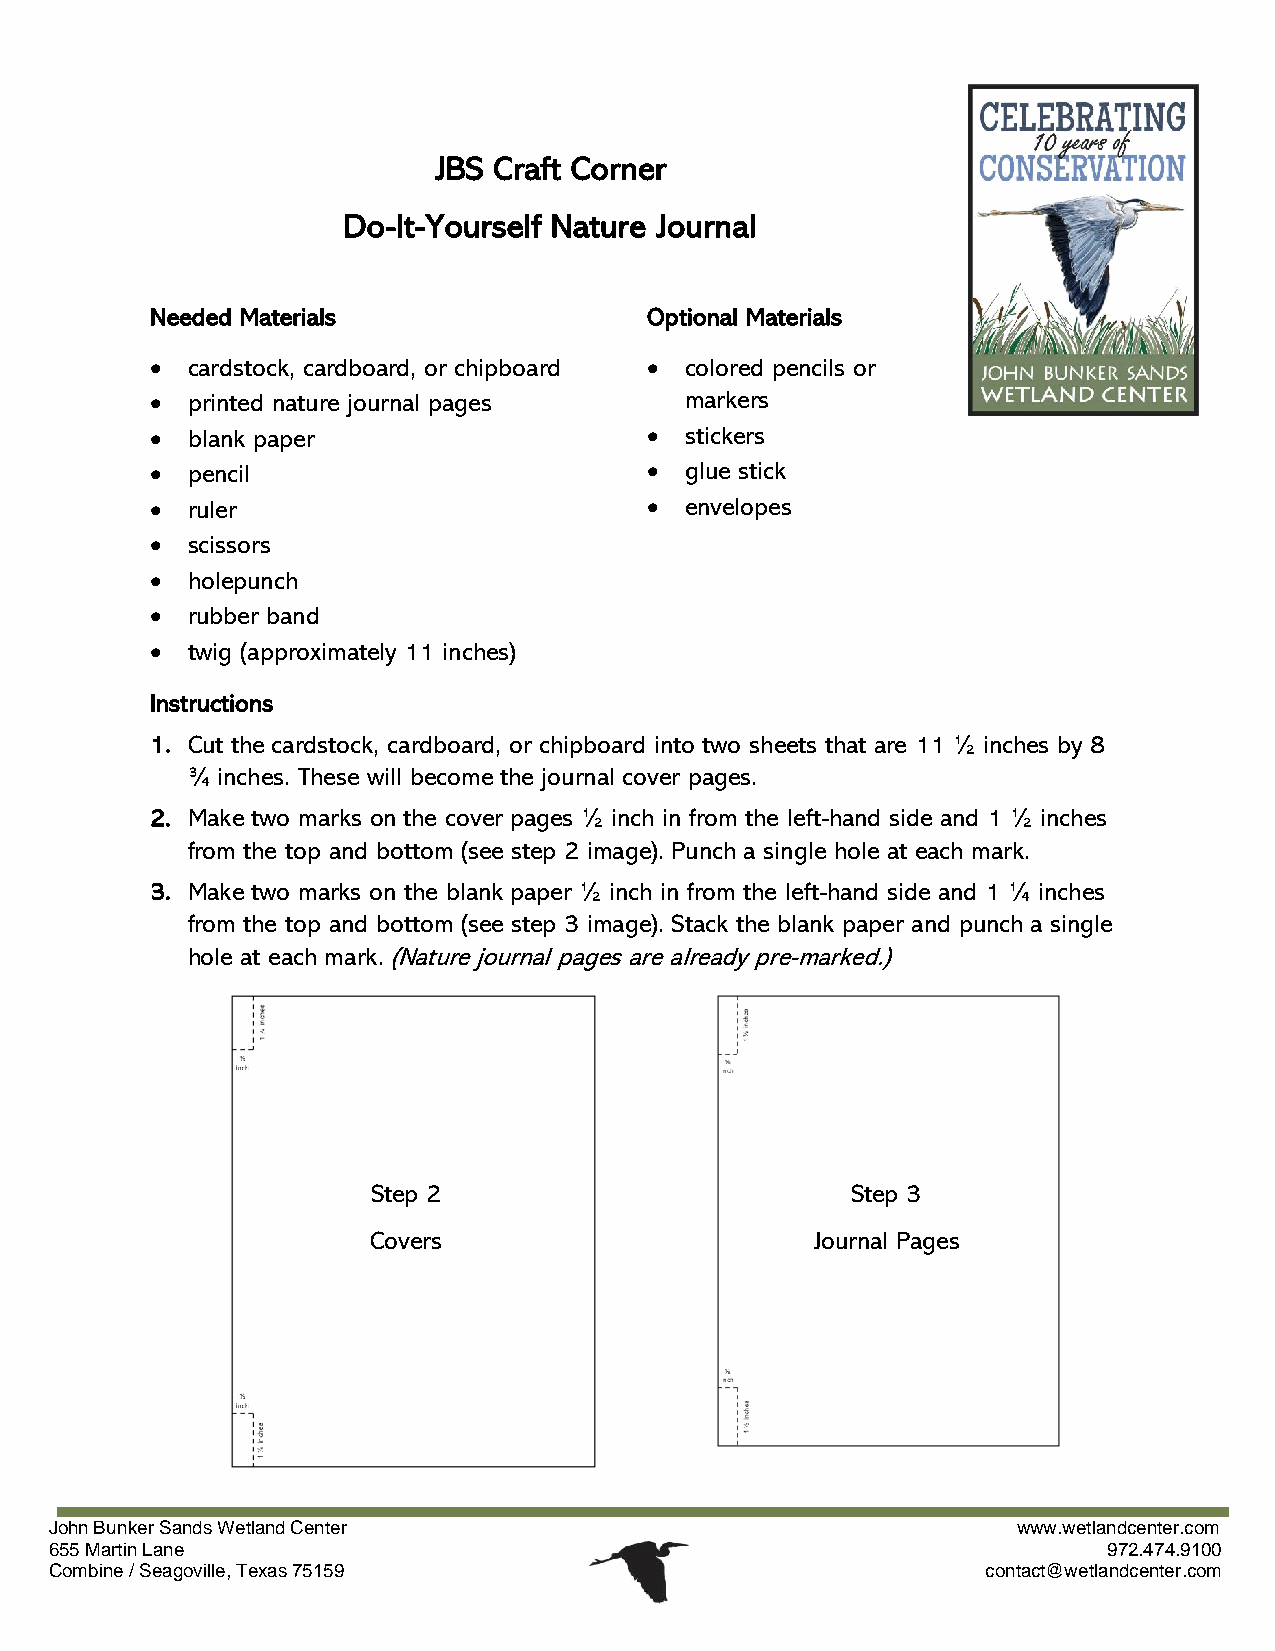
JBS Craft Corner
 Do-It-Yourself Nature Journal
 Needed Materials                 Optional Materials
 • cardstock, cardboard, or chipboard • colored pencils or
 • printed nature journal pages     markers
 • blank paper                    • stickers
 • pencil                         • glue stick
 • ruler                          • envelopes
 • scissors
 • holepunch
 • rubber band
 • twig (approximately 11 inches)
 Instructions
 1. Cut the cardstock, cardboard, or chipboard into two sheets that are 11 ½ inches by 8
 ¾ inches. These will become the journal cover pages.
 2. Make two marks on the cover pages ½ inch in from the left-hand side and 1 ½ inches
 from the top and bottom (see step 2 image). Punch a single hole at each mark.
 3. Make two marks on the blank paper ½ inch in from the left-hand side and 1 ¼ inches
 from the top and bottom (see step 3 image). Stack the blank paper and punch a single
 hole at each mark. (Nature journal pages are already pre-marked.)
 Step 2                         Step 3
 Covers                        Journal Pages
 J oh n Bunker Sands Wetland Center                              www.wetlandcenter.com
 655 Martin Lane                                                       972.474.9100
 Combine / Seagoville, Texas 75159                             contact@wetlandcenter.com